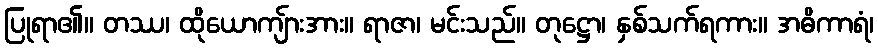
ပြုရာ၏။ တဿ၊ ထိုယောကျ်ားအား။ ရာဇာ၊ မင်းသည်။ တုဋ္ဌော၊ နှစ်သက်ရကား။ အဓိကာရံ၊